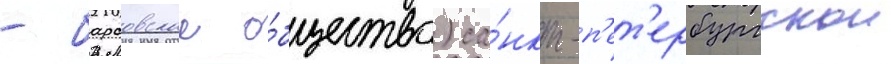
- барсовское о́бщество) са́нкт-п'ет'ербургскои